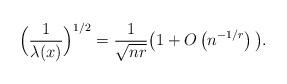
LaTeX: \begin{align*} \Big(\frac{1}{\lambda(x)}\Big)^{1/2}= \frac{1}{\sqrt {n r}}\big(1+O\left(n^{-1/r}\right)\big).\end{align*}